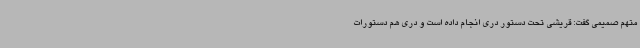
متهم صمیمی گفت: قریشی تحت دستور دری انجام داده است و دری هم دستورات